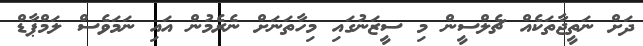
ދަށް ނަތީޖާތަކެއް ޗެލްސީން މި ސީޒަނުގައި މިހާތަނަށް ނެރެމުން އައި ނަމަވެސް ލަމްޕާޑް